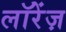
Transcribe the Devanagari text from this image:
लॉरेंज़